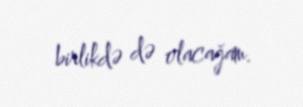
birlikdə də olacağam.